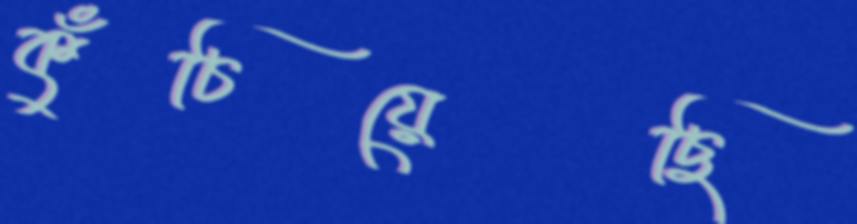
কুঁচিয়েছি